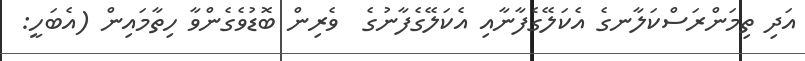
އަދި ތިމަންރަސްކަލާނގެ އެކަލޭގެފާނާއި އެކަލޭގެފާނުގެ  ވެރިން ބޮޑުވެގެންވާ ހިތާމައިން (އެބަހީ: